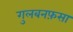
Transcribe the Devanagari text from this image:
गुलबनफ़सा